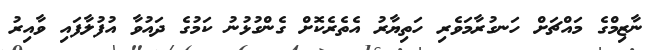
ނާޒިމްގެ މައްޗަށް ހަނގުރާމަވެރި ހަތިޔާރު އެތެރެކޮށް ގެންގުޅުނު ކަމުގެ ދައުވާ އުފުލާފައި ވާއިރު